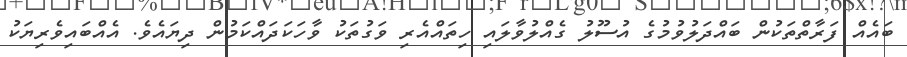
ބައެއް ފަރާތްތަކުން ބައްދަލުވުމުގެ އުސޫލު ގެއްލުވާލައި ހިތައްއެރި ވަގުތަކު ވާހަކަދައްކަމުން ދިޔައެވެ. އެއްބައިވެރިޔަކު